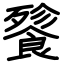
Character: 餮